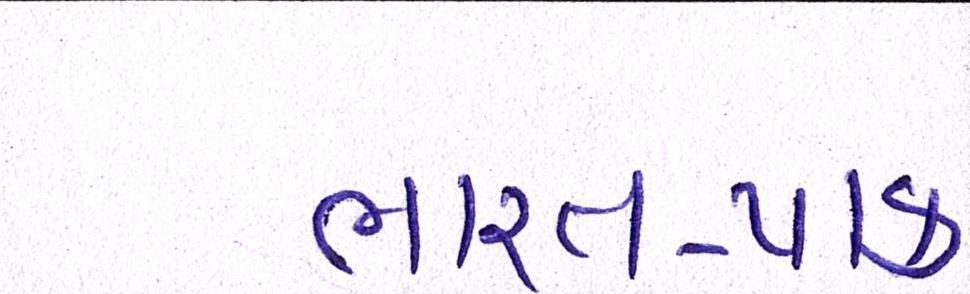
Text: ભારત-પાક